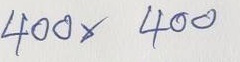
400 x 400